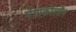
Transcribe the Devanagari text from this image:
मेगाकोलोंन